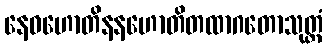
နေဝဟောတိနနဟောတိတထာဂတောသုတ္တံ